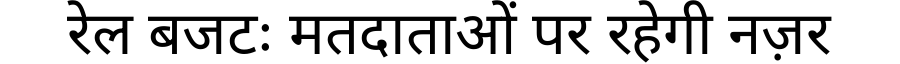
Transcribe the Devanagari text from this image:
रेल बजटः मतदाताओं पर रहेगी नज़र